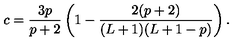
c = \frac { 3 p } { p + 2 } \left( 1 - \frac { 2 ( p + 2 ) } { ( L + 1 ) ( L + 1 - p ) } \right) .